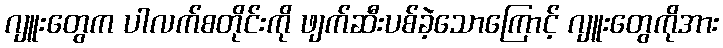
ဂျူးတွေက ပါလက်စတိုင်းကို ဖျက်ဆီးပစ်ခဲ့သောကြောင့် ဂျူးတွေကိုအား